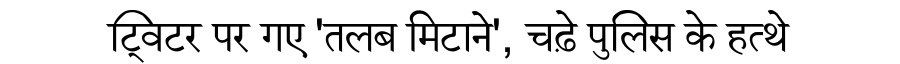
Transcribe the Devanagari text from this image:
ट्विटर पर गए 'तलब मिटाने', चढ़े पुलिस के हत्थे